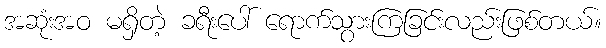
အဆုံးအဝ မရှိတဲ့ ခရီးပေါ် ရောက်သွားကြခြင်းလည်းဖြစ်တယ်။